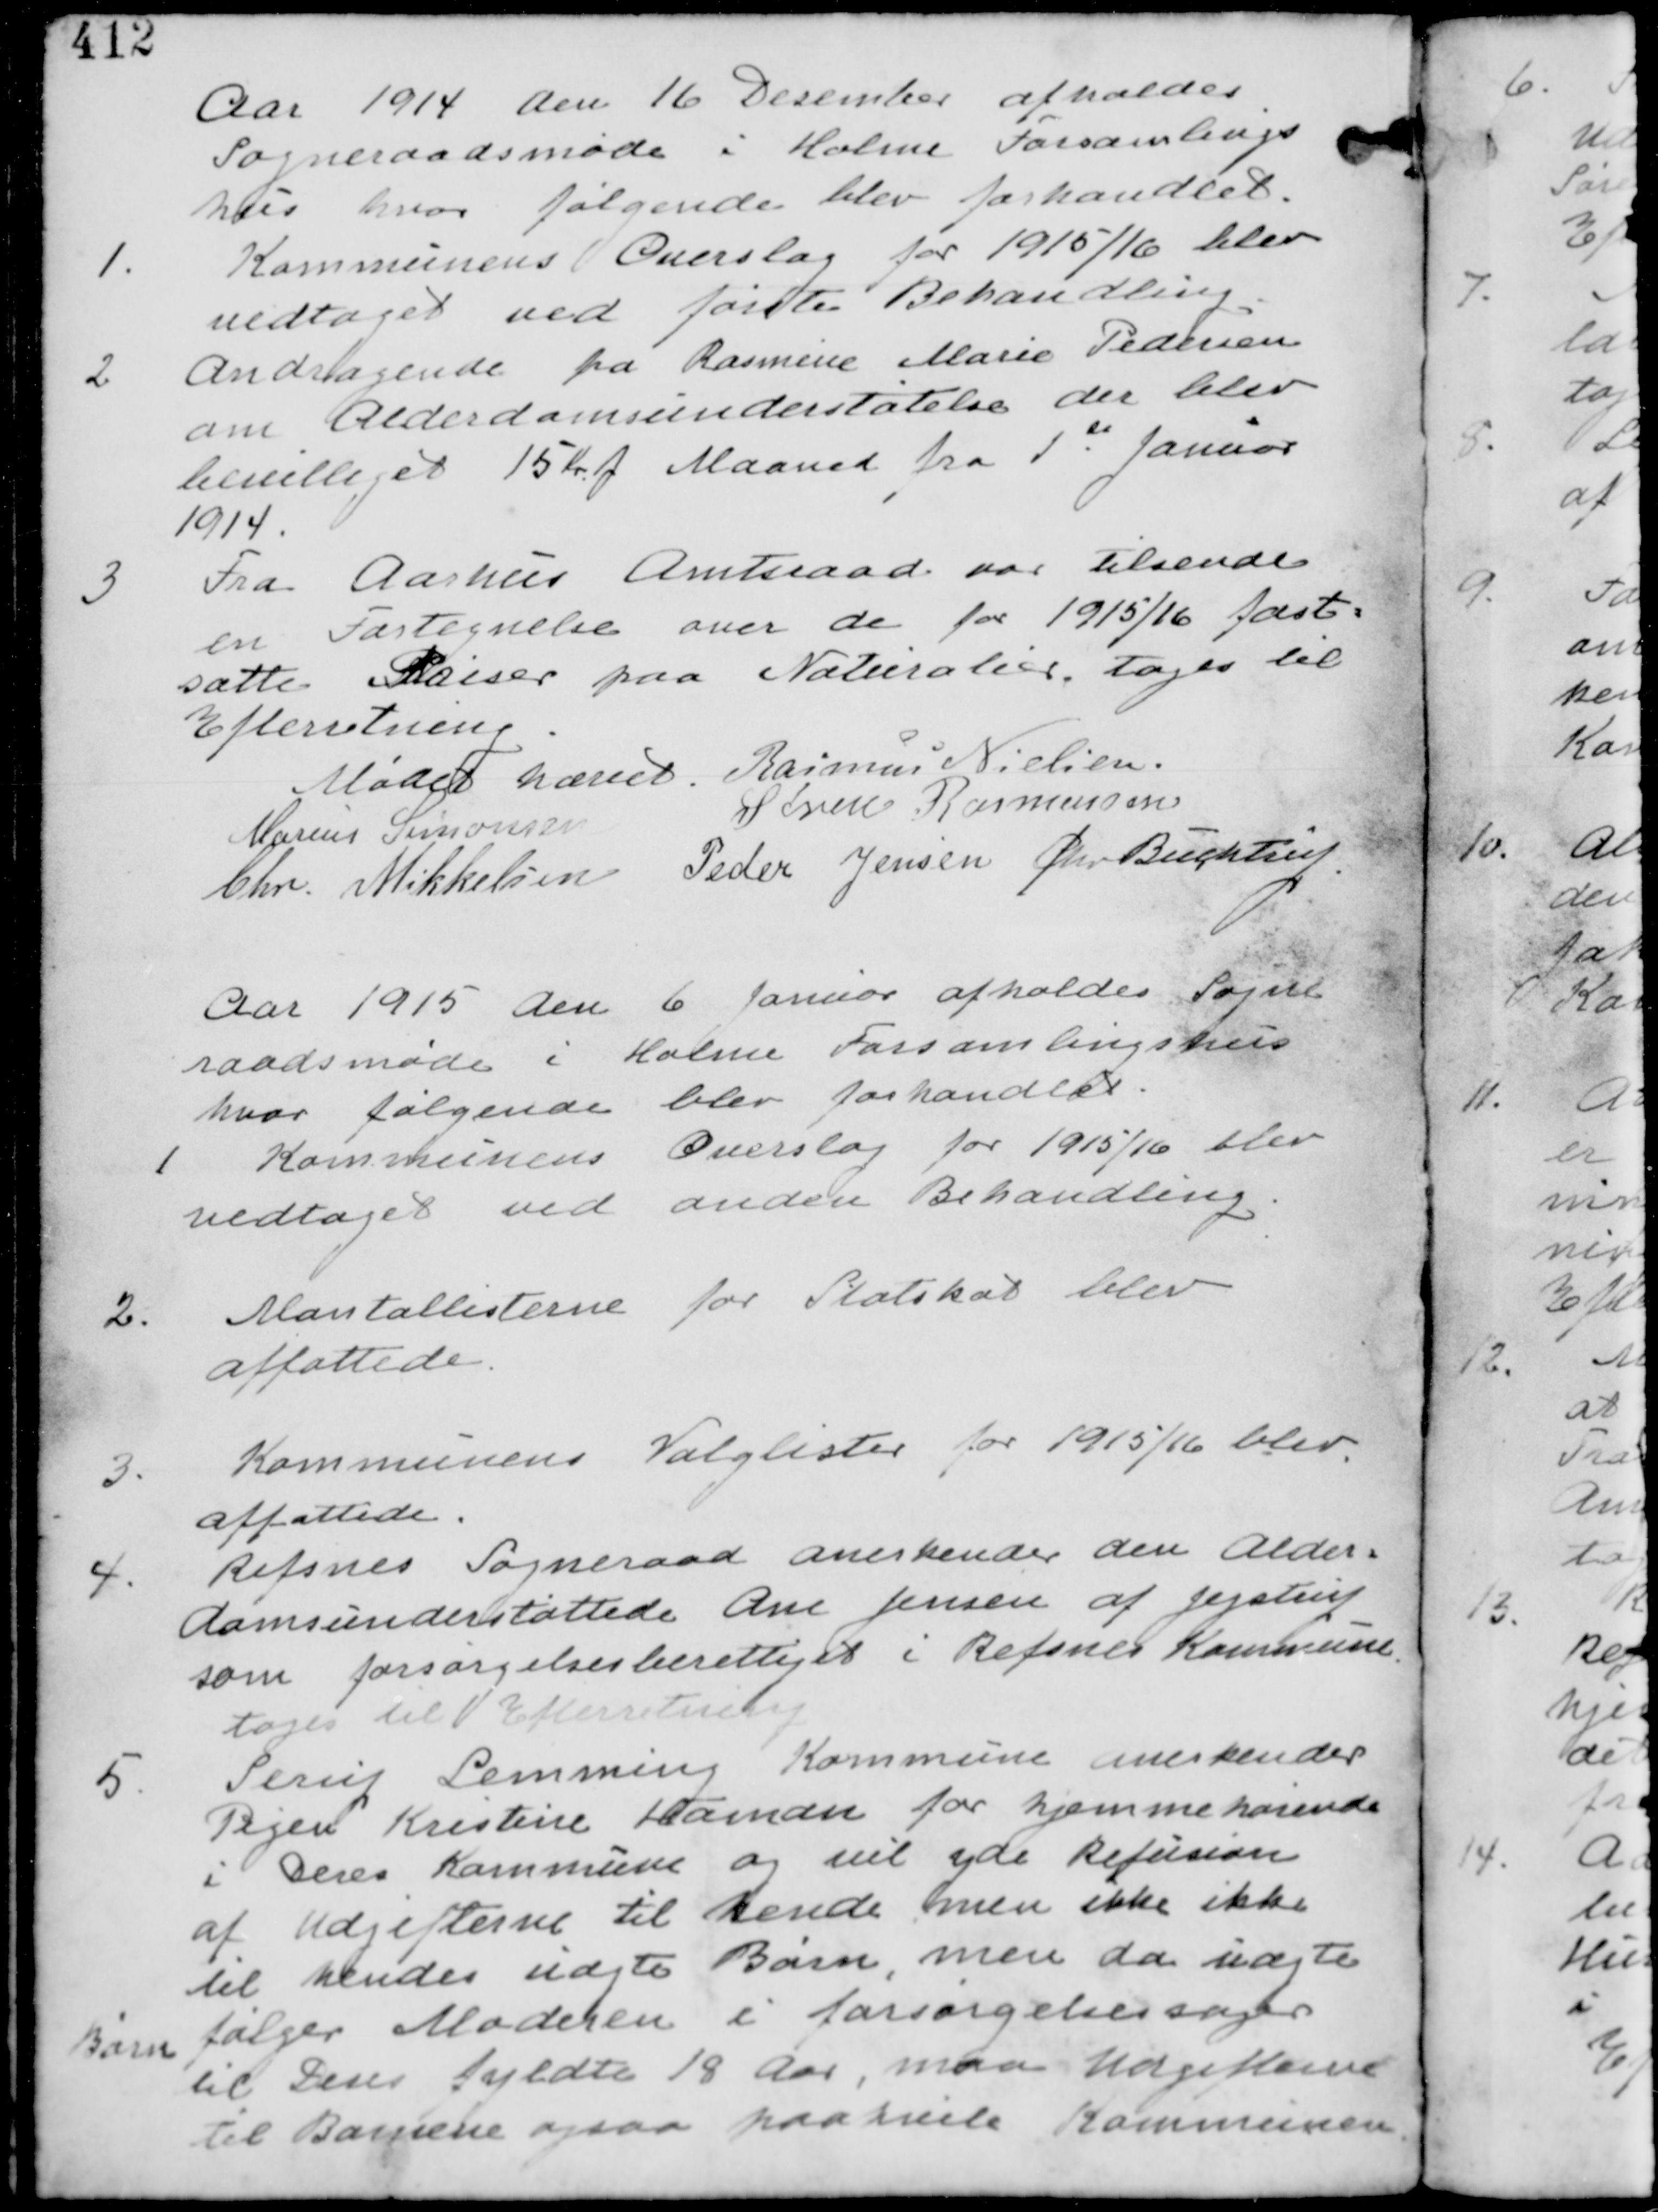
Transskription:
Aar 1914 den 16 December afholdes
Sogneraadsmøde i Holme Forsamlings-
hus hvor følgende blev forhandlet.

1.
Kommunens Overslag for 1915/16 blev
vedtaget ved første Behandling

2 Andragende fra Rasmine Marie Pedersen
om Alderdomsunderstøttelse der blev
bevilliget 15 Kr f Maaned fra 1de Januar
1914

3
Fra Aarhus Amtsraad var tilsendt
en Fortegnelse over de for 1915/16 fast-
satte Priser paa Naturalier. tages til
Efterretning.

Mødet hævet
Rasmus Nielsen
Marius Simonsen Søren Rasmussen
Chr Mikkelsen Peder Jensen Chr Buchtrup

Aar 1915 de 6 Januar afholdes Sogne-
raadsmøde i Holme Forsamlingshus
hvor følgende blev forhandlet

1 Kommunens Overslag for  1915/16 blev
vedtaget ved anden Behandling.

2.
Mantalslisterne for Statskat blev
affattede

3.
Kommunens Valglister for 1915/16 blev
affattede.

4.
Refsnes Sogneraad anerkender den Alder-
domsunderstøttede Ane Jensen af Jegstrup
som forsørgelsesberettiget i Refsnes Kommune
tages til Efterretning.

5
Serup Lemming Kommune anerkender
Pigen Kristine Hansen for hjemmehørende
i Deres Kommune og vil yde Refusion
af Udgifterne til hende men ikke ikke
til hendes uægte Børn, men da uægte
Børn følger Moderen i forsørgelsessager
til Dens fyldte 18 Aar, maa Udgifterne
til Børnene ogsaa paahvile Kommunen